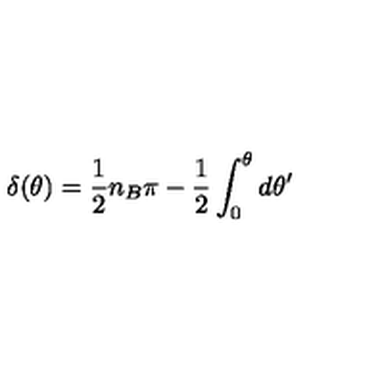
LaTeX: \delta ( \theta ) = \frac 1 2 n _ { B } \pi - \frac 1 2 \int _ { 0 } ^ { \theta } d \theta ^ { \prime }